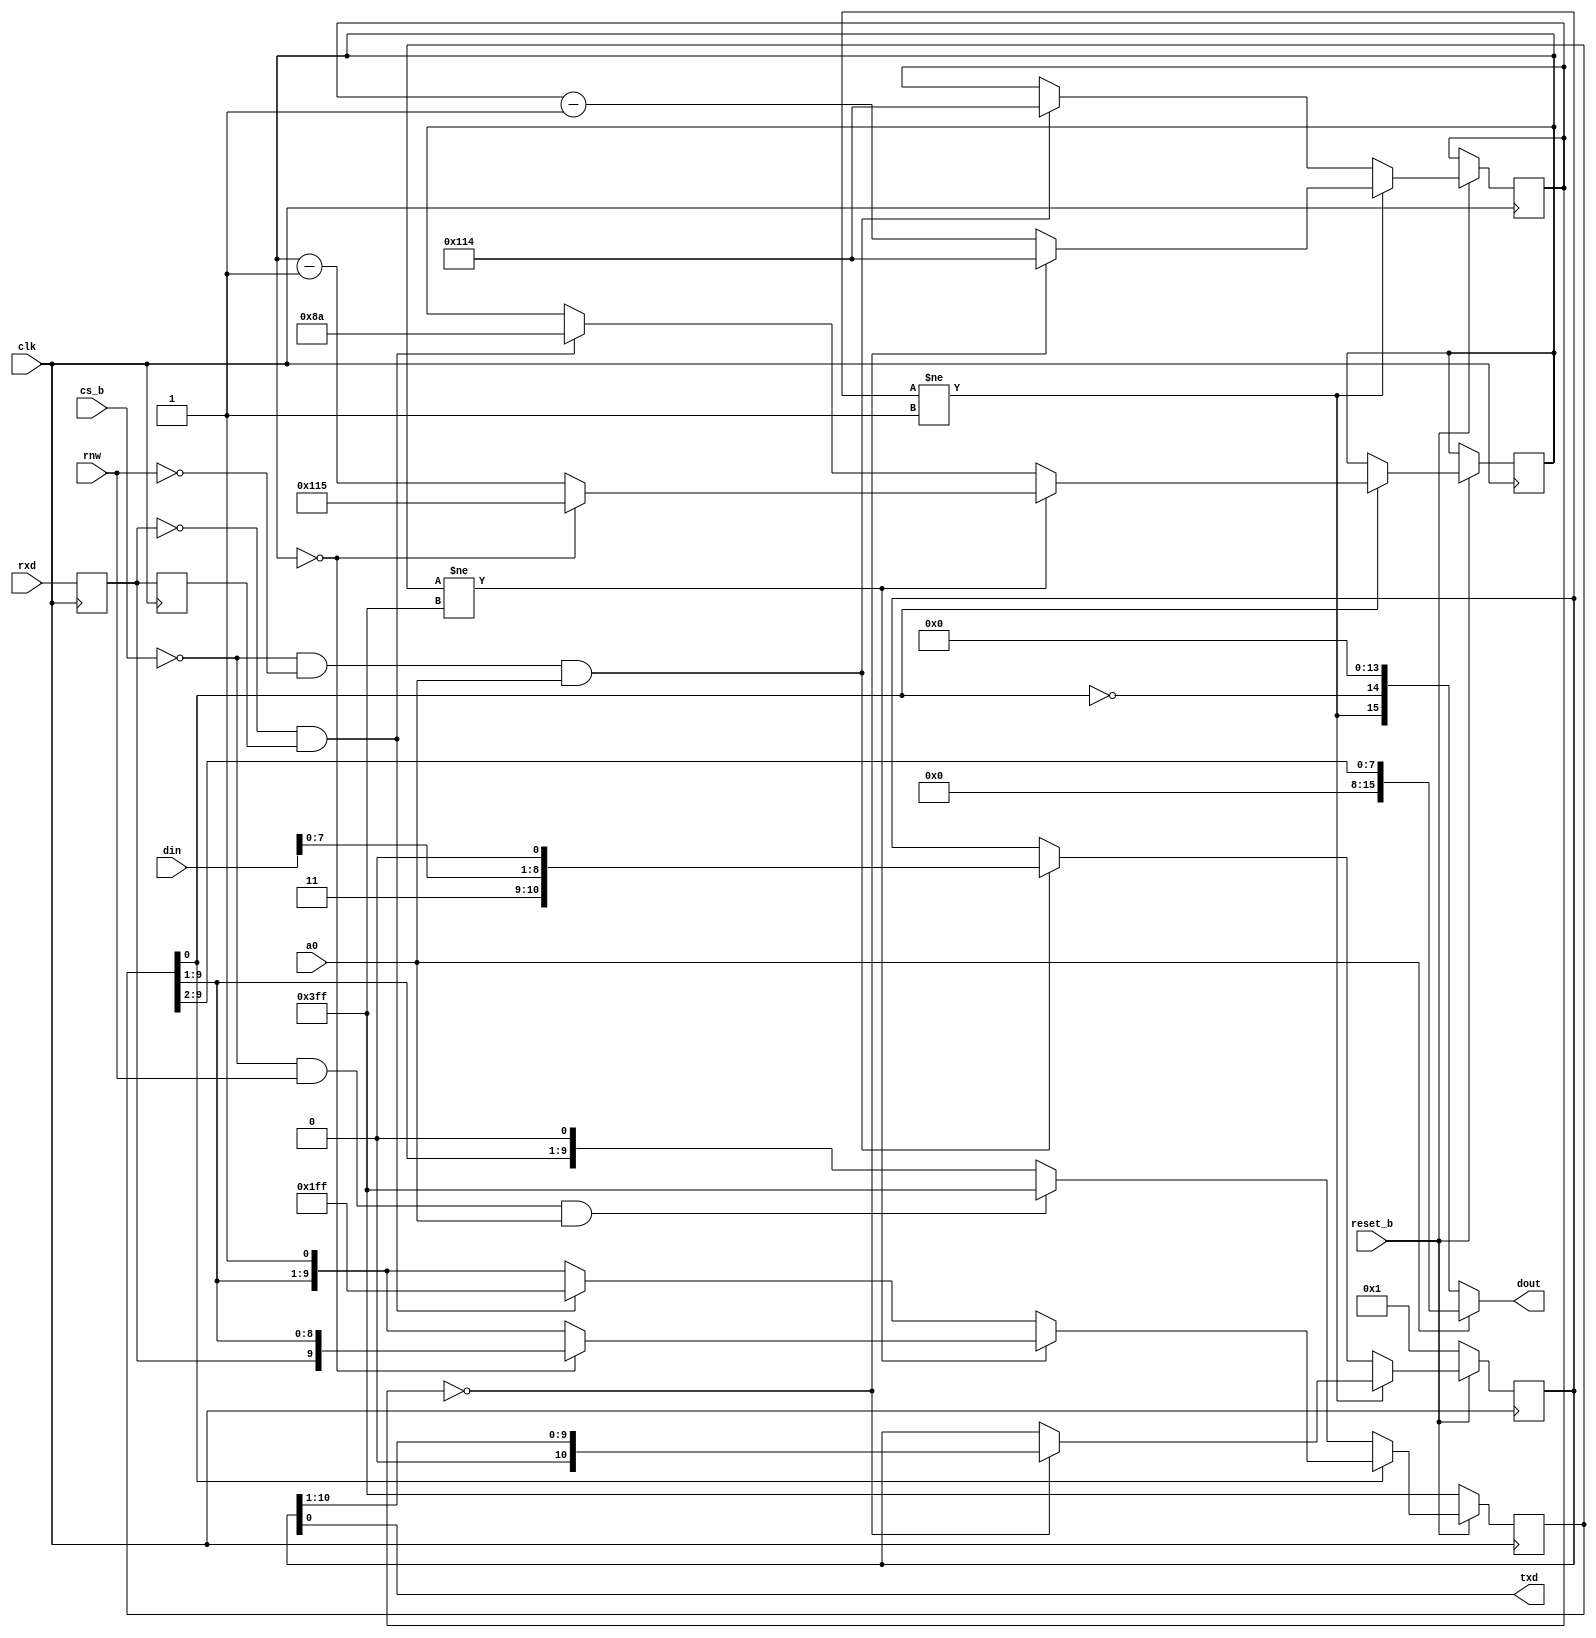
module uart ( input[15:0] din, output[15:0] dout, input a0, input rnw, input clk, input reset_b, input cs_b, input rxd, output txd);

   // CLKSPEED is the main clock speed
   parameter CLKSPEED = 32000000;
   
   // BAUD is the desired serial baud rate
   parameter BAUD = 115200;
   
   // DIVISOR is the number of clk cycles per bit time
   parameter DIVISOR = CLKSPEED / BAUD;

   // Registers
   reg [15:0] rx_bit_cnt;
   reg [15:0] tx_bit_cnt;
   reg [10:0] tx_shift_reg;
   reg [9:0]  rx_shift_reg;
   reg        rxd1;
   reg        rxd2;

   // Assignments
   assign rx_busy = rx_shift_reg != 10'b1111111111;   
   assign rx_full = !rx_shift_reg[0]; 
   assign tx_busy = tx_shift_reg != 11'b1;
   assign txd = tx_shift_reg[0];
   assign dout = a0 ? {8'h00, rx_shift_reg[9:2]} : { tx_busy, rx_full, 14'b0};

   // UART Receiver
   always @ (posedge clk) begin
      rxd1 <= rxd;
      rxd2 <= rxd1;
      if (!reset_b) begin
         rx_shift_reg <= 10'b1111111111;
      end else if (rx_full) begin
         if (!cs_b && rnw && a0) begin
            rx_shift_reg <= 10'b1111111111;
         end
      end else if (rx_busy) begin
         if (rx_bit_cnt == 0) begin
            rx_bit_cnt <= DIVISOR;
            rx_shift_reg <= {rxd1 , rx_shift_reg[9:1]};
         end else begin
            rx_bit_cnt <= rx_bit_cnt - 1;   
         end
      end else if (!rxd1 && rxd2) begin
         rx_shift_reg <= 10'b0111111111;         
         rx_bit_cnt <= DIVISOR >> 1;
      end
   end

   // UART Transmitter
   always @ (posedge clk)
     if (!reset_b) begin
        tx_shift_reg <= 11'b1;
     end else if (tx_busy) begin
        if (tx_bit_cnt == 0) begin
           tx_shift_reg <= {1'b0 , tx_shift_reg[10:1]};
           tx_bit_cnt <= DIVISOR - 1;
        end else begin
           tx_bit_cnt <= tx_bit_cnt - 1;
        end
     end else if (!cs_b && !rnw && a0) begin
        tx_shift_reg <= {2'b11, din[7:0], 1'b0};
        tx_bit_cnt <= DIVISOR - 1;
     end

endmodule